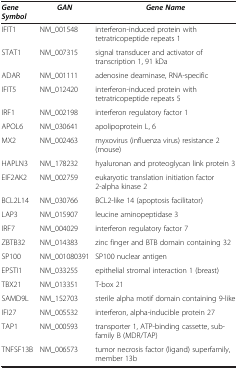
<table><thead><tr><td><b><i>Gene Symbol</i></b></td><td><b><i>GAN</i></b></td><td><b><i>Gene Name</i></b></td></tr></thead><tbody><tr><td>IFIT1</td><td>NM_001548</td><td>interferon-induced protein with tetratricopeptide repeats 1</td></tr><tr><td>STAT1</td><td>NM_007315</td><td>signal transducer and activator of transcription 1, 91 kDa</td></tr><tr><td>ADAR</td><td>NM_001111</td><td>adenosine deaminase, RNA-specific</td></tr><tr><td>IFIT5</td><td>NM_012420</td><td>interferon-induced protein with tetratricopeptide repeats 5</td></tr><tr><td>IRF1</td><td>NM_002198</td><td>interferon regulatory factor 1</td></tr><tr><td>APOL6</td><td>NM_030641</td><td>apolipoprotein L, 6</td></tr><tr><td>MX2</td><td>NM_002463</td><td>myxovirus (influenza virus) resistance 2 (mouse)</td></tr><tr><td>HAPLN3</td><td>NM_178232</td><td>hyaluronan and proteoglycan link protein 3</td></tr><tr><td>EIF2AK2</td><td>NM_002759</td><td>eukaryotic translation initiation factor 2-alpha kinase 2</td></tr><tr><td>BCL2L14</td><td>NM_030766</td><td>BCL2-like 14 (apoptosis facilitator)</td></tr><tr><td>LAP3</td><td>NM_015907</td><td>leucine aminopeptidase 3</td></tr><tr><td>IRF7</td><td>NM_004029</td><td>interferon regulatory factor 7</td></tr><tr><td>ZBTB32</td><td>NM_014383</td><td>zinc finger and BTB domain containing 32</td></tr><tr><td>SP100</td><td>NM_001080391</td><td>SP100 nuclear antigen</td></tr><tr><td>EPSTI1</td><td>NM_033255</td><td>epithelial stromal interaction 1 (breast)</td></tr><tr><td>TBX21</td><td>NM_013351</td><td>T-box 21</td></tr><tr><td>SAMD9L</td><td>NM_152703</td><td>sterile alpha motif domain containing 9-like</td></tr><tr><td>IFI27</td><td>NM_005532</td><td>interferon, alpha-inducible protein 27</td></tr><tr><td>TAP1</td><td>NM_000593</td><td>transporter 1, ATP-binding cassette, sub-family B (MDR/TAP)</td></tr><tr><td>TNFSF13B</td><td>NM_006573</td><td>tumor necrosis factor (ligand) superfamily, member 13b</td></tr></tbody></table>